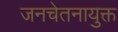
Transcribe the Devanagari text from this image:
जनचेतनायुक्त